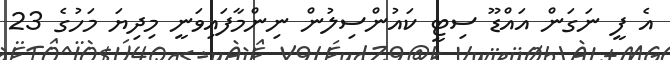
އެ ފީ ނަގަން އައްޑޫ ސިޓީ ކައުންސިލުން ނިންމާފައިވަނީ މިދިޔަ މަހުގެ 23